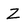
Character: Z